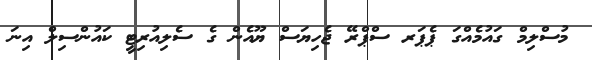
މުސްލިމް ގައުމެއްގަ ޕެޕަރ ސްޕްރޭ ޖެހިޔަސް ޔޫއެން ގެ ސެލިއުރިޓީ ކައުންސިލް އިނަ